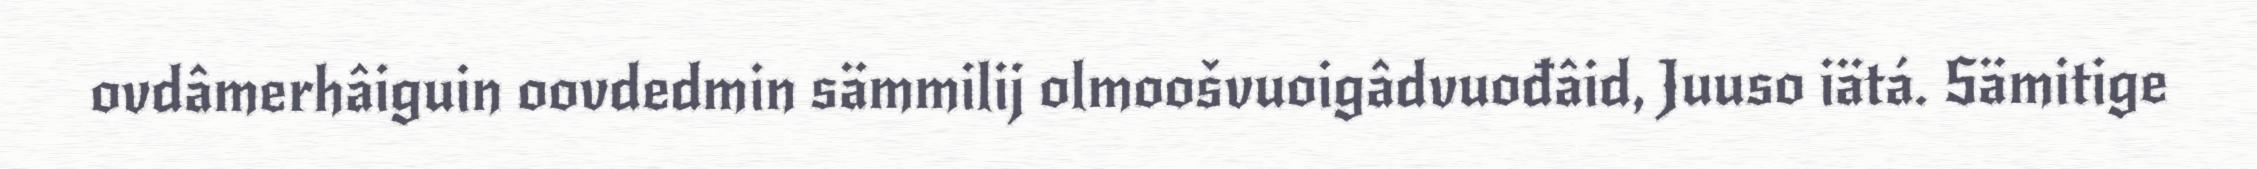
ovdâmerhâiguin oovdedmin sämmilij olmoošvuoigâdvuođâid, Juuso iätá. Sämitige